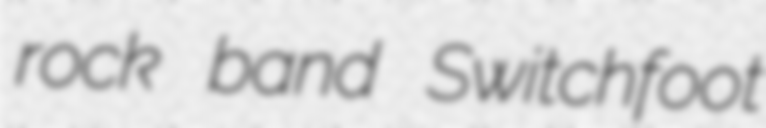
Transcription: rock band Switchfoot